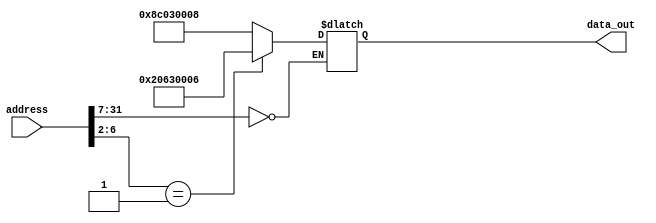
//-----------------------------------------------------------------------------
// Title         : Read-Only Memory (Instruction ROM)
// Project       : ECE 313 - Computer Organization
//-----------------------------------------------------------------------------
// Organization  : Lafayette College
//
//-----------------------------------------------------------------------------
// Description :
//   Behavioral model of a read-only memory used in the implementations of the MIPS
//   processor subset described in Ch. 5-6 of "Computer Organization and Design, 3rd ed."
//   by David Patterson & John Hennessey, Morgan Kaufmann, 2004 (COD3e).
//
//   Note the use of the Verilog concatenation operator to specify different
//   instruction fields in each memory element.
//
//-----------------------------------------------------------------------------

module rom32(address, data_out);
  input  [31:0] address;
  output [31:0] data_out;
  reg    [31:0] data_out;

  parameter BASE_ADDRESS = 25'd0; // address that applies to this memory

  wire [4:0] mem_offset;
  wire address_select;

  assign mem_offset = address[6:2];  // drop 2 LSBs to get word offset

  assign address_select = (address[31:7] == BASE_ADDRESS);  // address decoding

  always @(address_select or mem_offset)
  begin
    if ((address % 4) != 0) $display($time, " rom32 error: unaligned address %d", address);
    if (address_select == 1)
    begin
      case (mem_offset)

        /*
          // JUMP
          5'd0 : data_out = { 6'd2, 26'd2};                 // jmp
          5'd1 : data_out = { 6'd35, 5'd0, 5'd3, 16'd8 };   // lw $3, 8($0)   r3=2
          5'd2 : data_out = { 8'hff, 8'hff, 8'hff, 8'hff }; // lw $4, 20($0)  r4=5
        */

          // ADDI
          5'd0 : data_out = { 6'd35, 5'd0, 5'd3, 16'd8 };   // lw $3, 8($0)   r3=2
          5'd1 : data_out = { 6'd8, 5'd3, 5'd3, 16'd6 };    // addi $3, $3, 2

        /*
          // BEQ
          5'd0 : data_out = { 6'd35, 5'd0, 5'd3, 16'd8 };   // lw $3, 8($0)   r3=2
          5'd1 : data_out = { 6'd35, 5'd0, 5'd4, 16'd8 };   // lw $4, 8($0)   r4=2
          5'd2 : data_out = { 6'd4,  5'd3, 5'd4, 16'd2 };   // beq r3, r4
          5'd3 : data_out = { 6'd35, 5'd0, 5'd3, 16'd8 };   //
          5'd4 : data_out = { 8'hee, 8'hee, 8'hee, 8'hee }; //
          5'd5 : data_out = { 8'hff, 8'hff, 8'hff, 8'hff }; // Target of beq
        */

        /*
          // BNE
          5'd0 : data_out = { 6'd35, 5'd0, 5'd3, 16'd8};    // lw $3, 8($0)   r3=2
          5'd1 : data_out = { 6'd35, 5'd0, 5'd4, 16'd8};    // lw $4, 20($0)   r4=2
          5'd2 : data_out = { 6'd8, 5'd3, 5'd3, 16'd6 };    // addi $3, $3, 6 r3=8
          5'd3 : data_out = { 6'd5,  5'd3, 5'd4, 16'd2};    // bne r3, r4
          5'd4 : data_out = { 6'd35, 5'd0, 5'd3, 16'd8 };   //
          5'd5 : data_out = { 8'hee, 8'hee, 8'hee, 8'hee }; //
          5'd6 : data_out = { 8'hff, 8'hff, 8'hff, 8'hff }; // Target of bne
        */

       /*
          // Test Program
          5'd0 : data_out = { 6'd35, 5'd0, 5'd3, 16'd8};    // lw $3, 8($0)  (r3=2)
          5'd1 : data_out = { 6'd35, 5'd0, 5'd4, 16'd8};    // lw $4, 8($0) (r4=2)

          5'd2 : data_out = { 6'd8, 5'd4, 5'd4, 16'd4 };    // addi $4, $4, 6 (r4=6)
          5'd3 : data_out = { 6'd4, 5'd3, 5'd4, 16'd2 };    // beq $3, $4, DONE ; LOOP
          5'd4 : data_out = { 6'd8, 5'd3, 5'd3, 16'd1 };    // addi $3, $3, 1
          5'd5 : data_out = { 6'd2, 26'd3 };                // JUMP LOOP
          5'd6 : data_out = { 6'd8, 5'd3, 5'd3, 16'd1 };    // addi $3, $3, 1 ; DONE
          5'd7 : data_out = { 6'd5,  5'd3, 5'd4, 16'd1 };   // bne $3, $4, FINAL
          5'd8 : data_out = { 8'hee, 8'hee, 8'hee, 8'hee }; //
          5'd9 : data_out = { 8'hff, 8'hff, 8'hff, 8'hff }; // FINAL:
        */

          // add more cases here as desired
          default data_out = 32'hxxxx;
      endcase
      $display($time, " reading data: rom32[%h] => %h", address, data_out);
    end
  end
endmodule